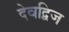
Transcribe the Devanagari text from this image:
देवद्विज